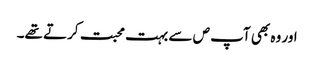
اور وہ بھی آپ ص سے بہت محبت کرتے تھے۔